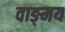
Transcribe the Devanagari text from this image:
वाङ्‍मय